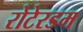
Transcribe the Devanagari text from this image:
रोटेरडम